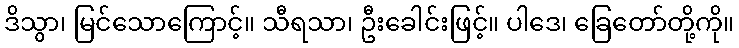
ဒိသွာ၊ မြင်သောကြောင့်။ သီရသာ၊ ဦးခေါင်းဖြင့်။ ပါဒေ၊ ခြေတော်တို့ကို။